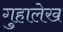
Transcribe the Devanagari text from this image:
गुहालेख